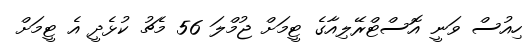
ހިއުސް ވަނީ އޮސްޓްރޭލިއާގެ ޓީމަށް ޖުމްލަ 56 މެޗު ކުޅެދީ އެ ޓީމަށް